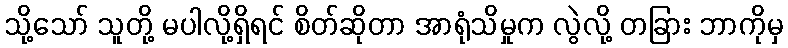
သို့သော် သူတို့ မပါလို့ရှိရင် စိတ်ဆိုတာ အာရုံသိမှုက လွဲလို့ တခြား ဘာကိုမှ